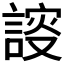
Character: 𧩮